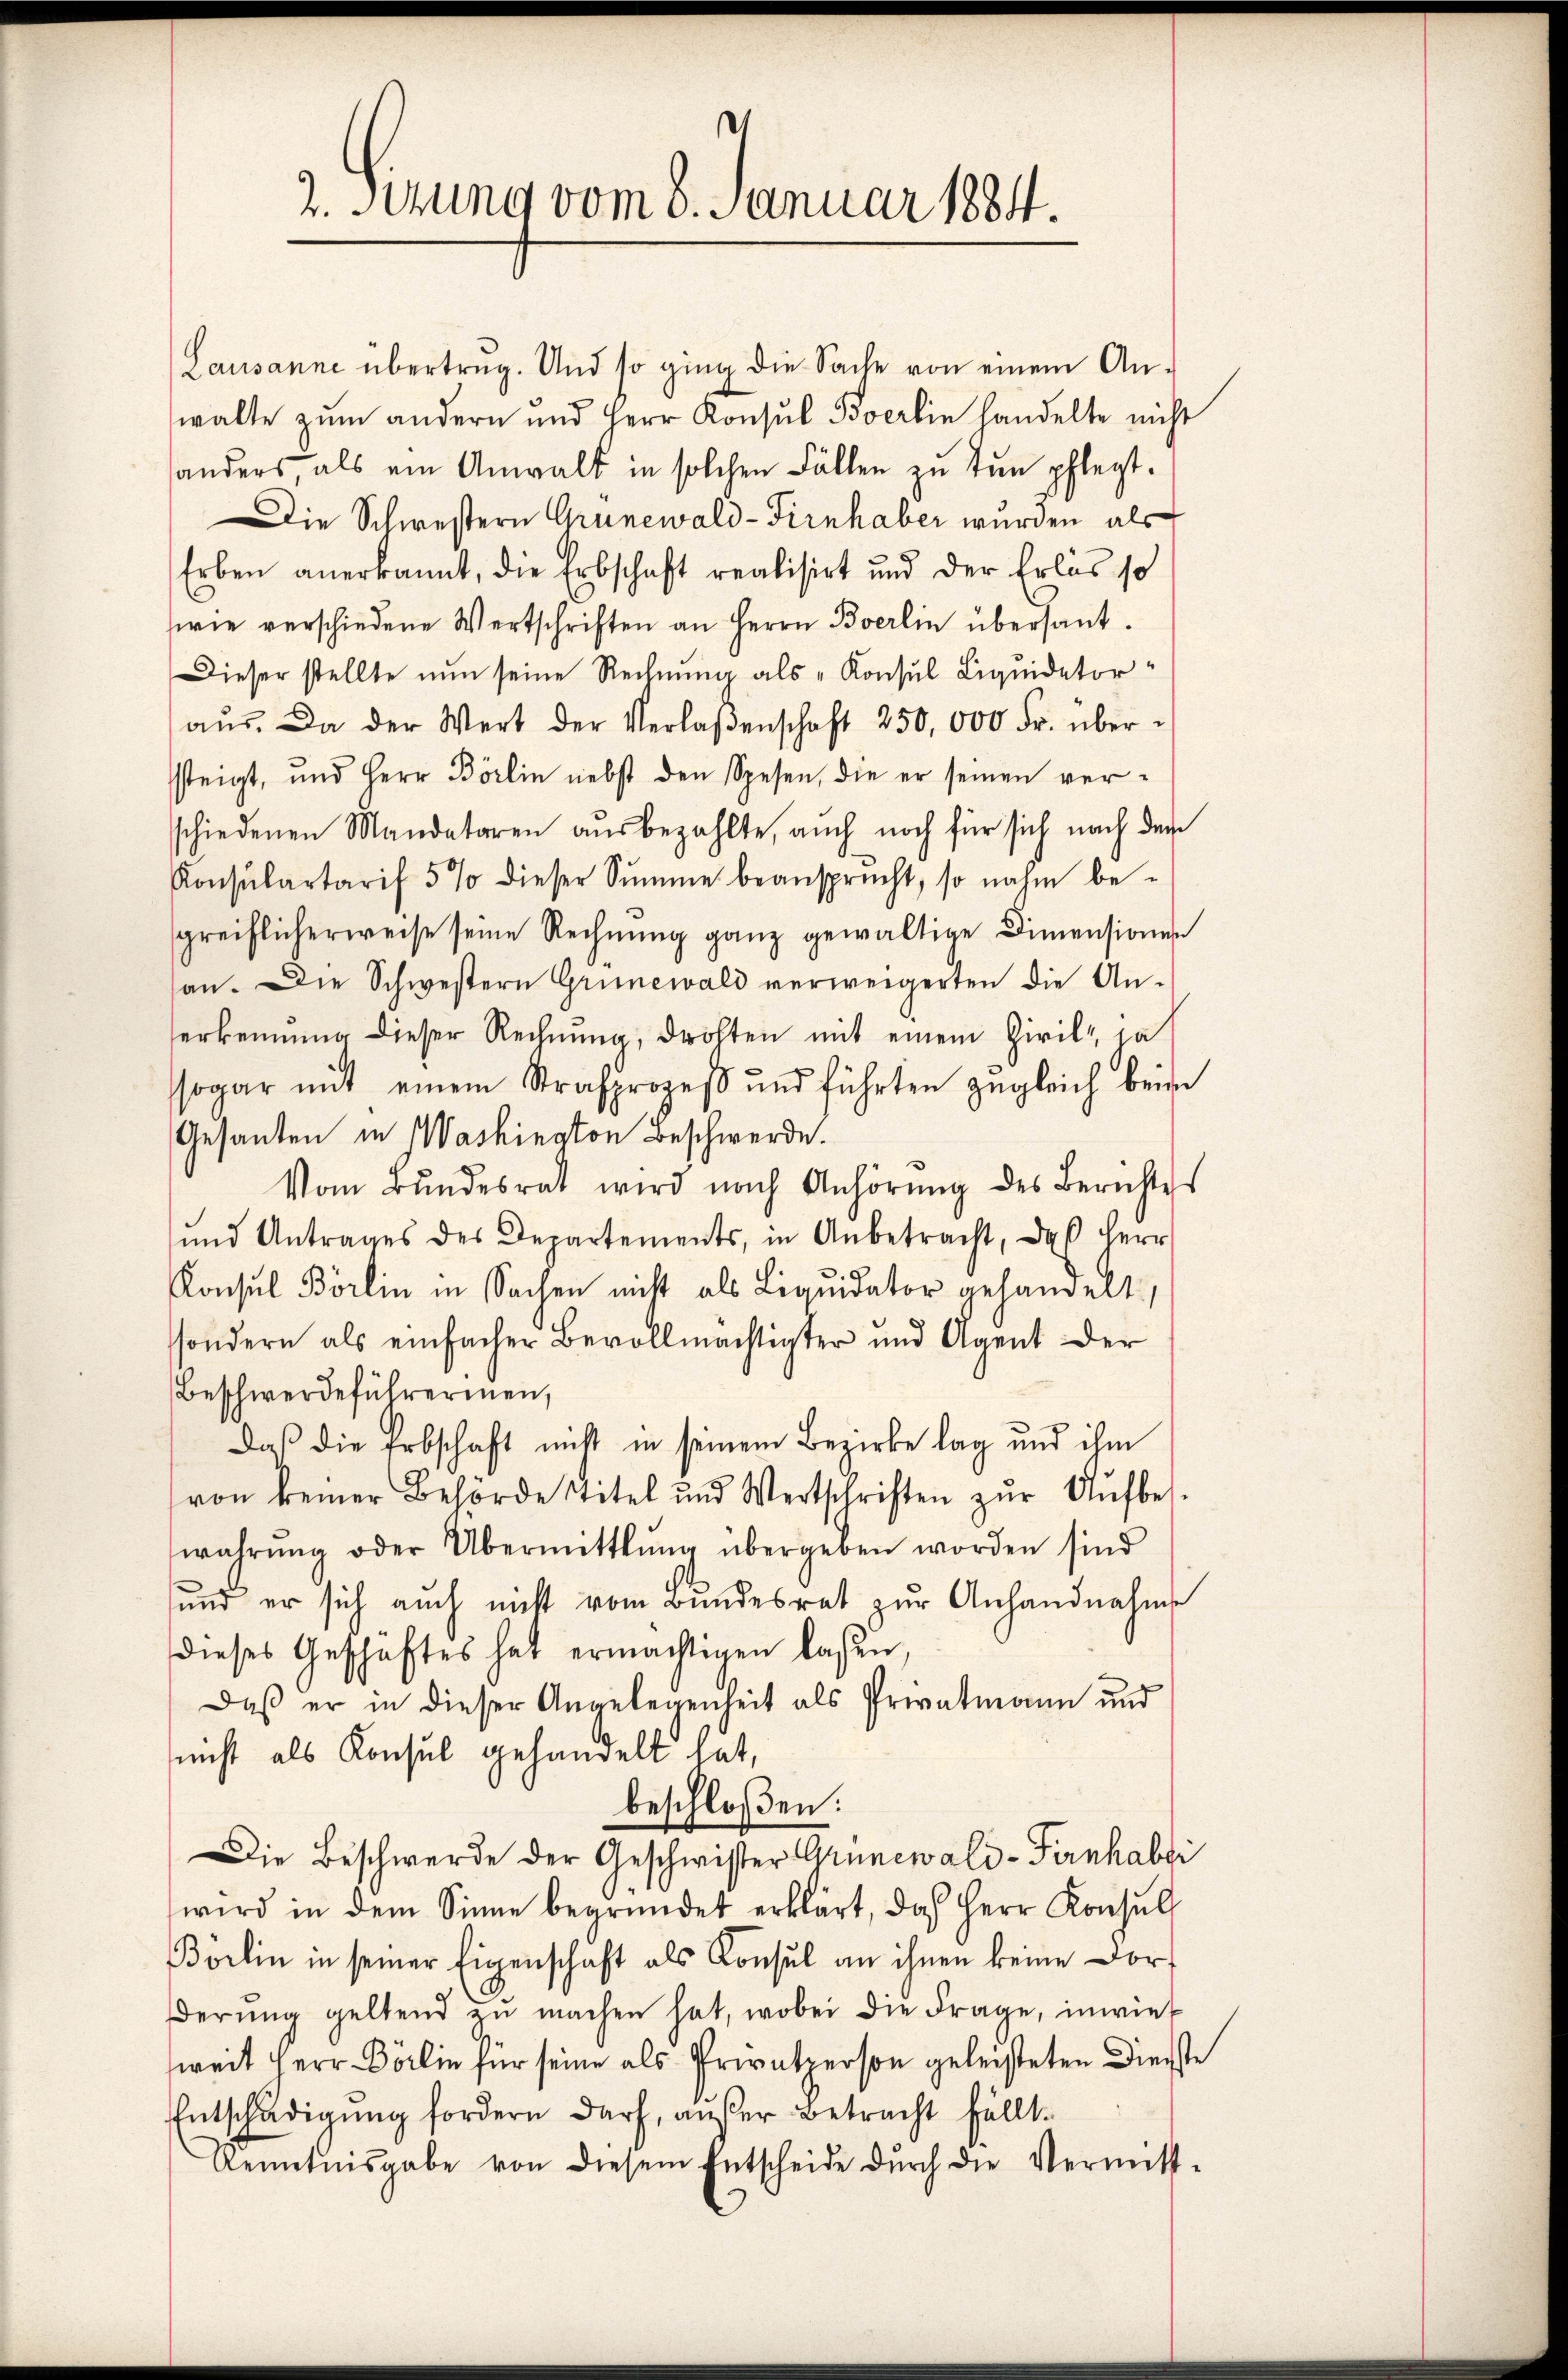
2. Setzung vom 8. Januar 1884.

Lausanne übertrug. Und so ging die Sache von einem An-
walte zum andern und Herr Konsul Boerlin handelte nicht
anders als ein Anwalt in solchen Fällen zu tun pflegt.
Die Schwestern Grunewald-Firnhaber wurden, als
Erben anerkannt, die Erbschaft realisirt und der Erlös so
wie verschiedene Wertschriften an Herrn Berlin übersant.
Dieser stellte nun seine Rechnung als Konsul Liquidator
aŭs. Da der Wert der Verlaßenschaft 250,000 Fr. über-
steigt, und Herr Börlin nebst den Spesen, die er seinen ver-
schiedenen Mandataren aŭsbezahlte, auch noch für sich nach dem
Konsŭlartarif 5% dieser Sŭmme beansprucht, so nahm be-
greiflicherweise seine Rechnŭng ganz gewältige Dimensionen
an. Die Schwestern Grünewald verweigerten die An-
erkennung dieser Rechnŭng, drohten mit einem Zivils, ja
sogar mit einem Strafprozeβ ŭnd führten zugleich beim
Gesanden in Washinaton Beschwerde.
Vom Bundesrat wird nach Anhörung des Berichtes
und Antrages des Departements, in Anbetracht, daß Herr
Konsul Börlin in Sachen nicht als Liquidator gehandelt.
ssondern als einfacher Bevollmächtigter und Agent der
Beschwerdeführermen,
daβ die Erbschaft nicht in seinem Bezirke lag und ihm
von keiner Behörde stitel und Wertschriften zŭr Aŭfbes-
wahrŭng oder Übermittlung übergeben worden sind
ŭnd er sich auch nicht vom Bŭndesrat zŭr Anhandnahme
dieses Geschäftes hat ermächtigen lassen,
Daß er in dieser Angelegenheit als Privatmann und
nicht als Konsul gehandelt hat,
beschloßen:
Die Beschwerde der Geschwister Grünewald-Firnhaber
wird in dem Sinne begründet erklärt, das Herr Konsŭl
Börlin in seiner Eigenschaft als Konsul an ihnen keine Dorf
derŭng geltend zŭ machen hat, wobei die Frage, inwies
weit Herr Dörlin für seine als Privatperson geleisteten Dienste
Entschädigung fordern darf, außer Betracht fällt.
Renntnisgabe von diesem Entscheide dŭrch die Vermitt-